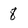
Character: 8